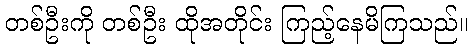
တစ်ဦးကို တစ်ဦး ထိုအတိုင်း ကြည့်နေမိကြသည်။